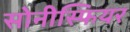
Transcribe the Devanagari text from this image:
सोनीस्फियर